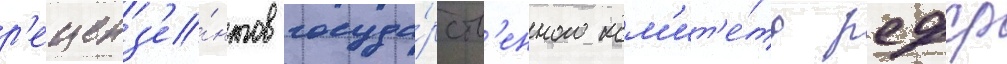
р'еценз'е́нтов госуда́рств'енного ком'ит'е́та рсфср